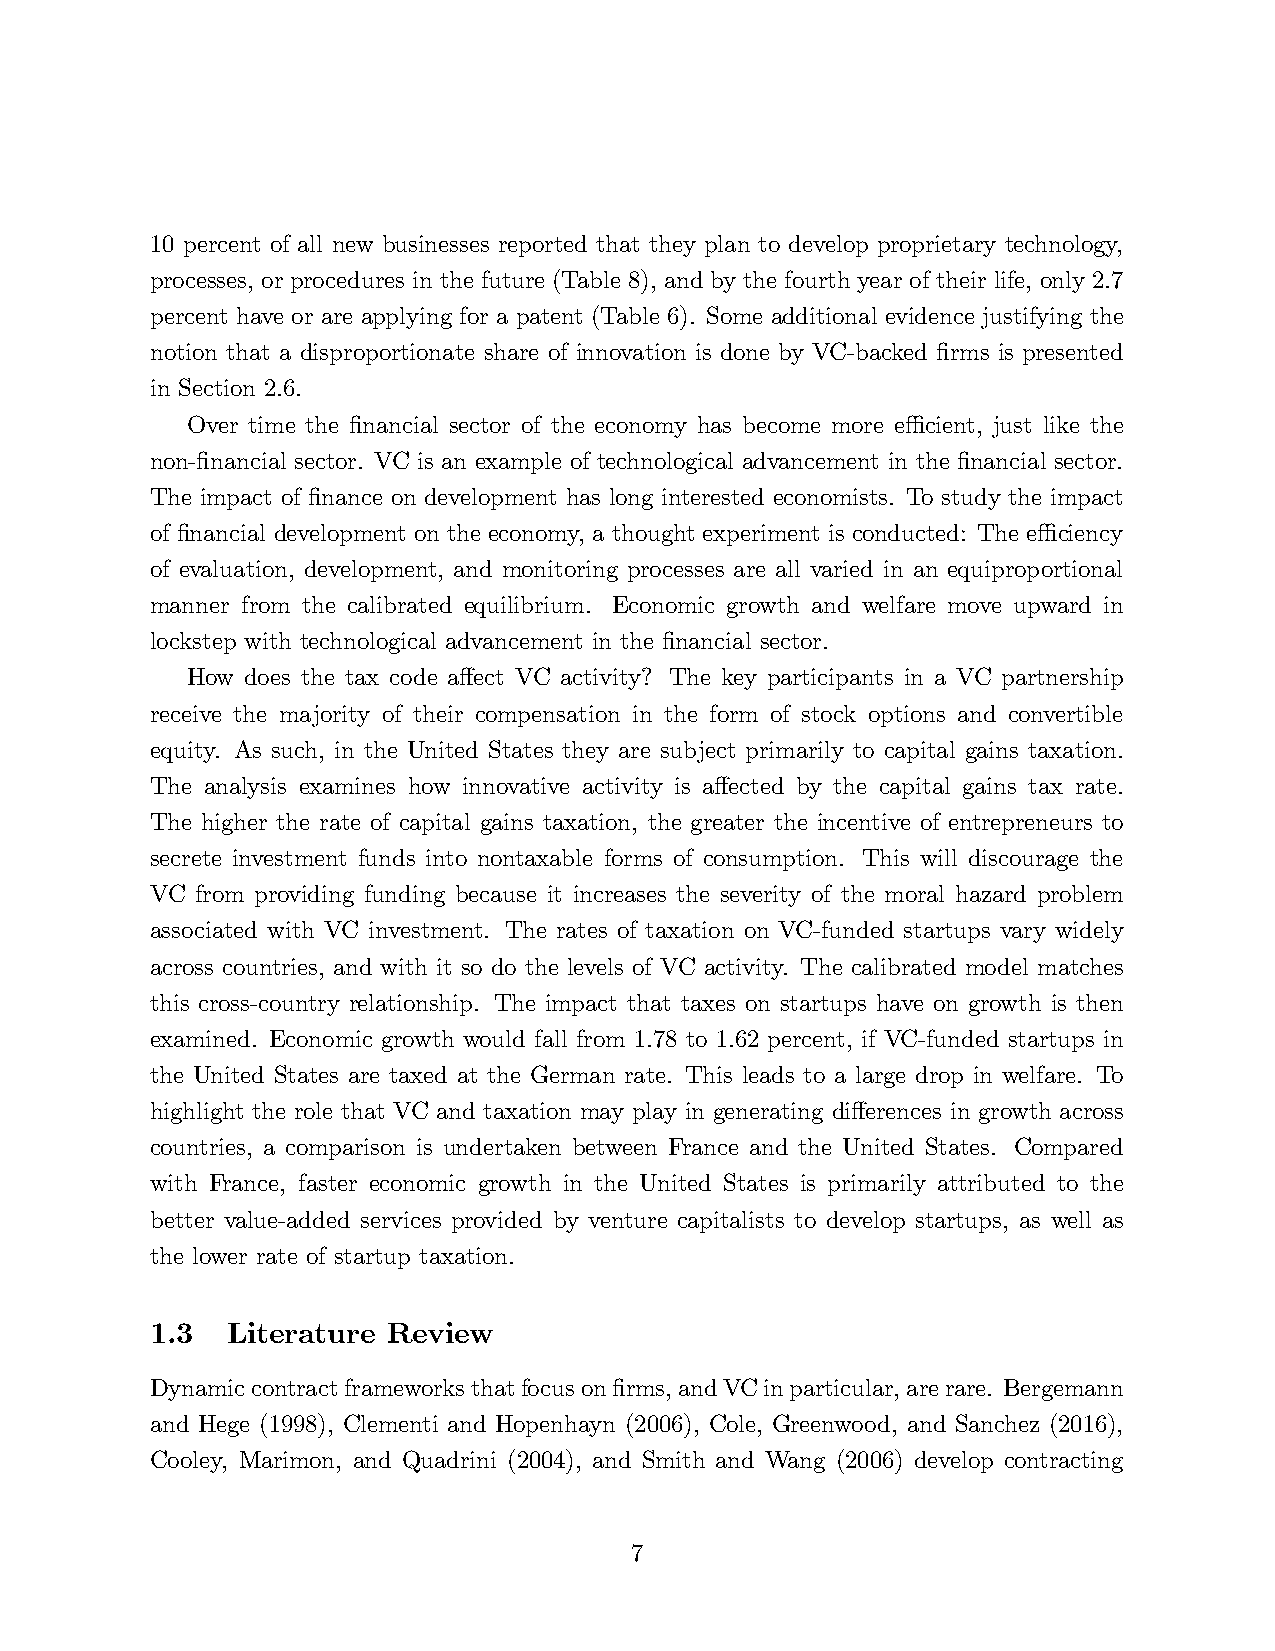
10 percent of all new businesses reported that they plan to develop proprietary technology,
 processes, or procedures in the future (Table 8), and by the fourth year of their life, only 2.7
 percent have or are applying for a patent (Table 6). Some additional evidence justifying the
 notion that a disproportionate share of innovation is done by VC-backed firms is presented
 in Section 2.6.
 Over time the financial sector of the economy has become more effi cient, just like the
 non-financial sector. VC is an example of technological advancement in the financial sector.
 The impact of finance on development has long interested economists. To study the impact
 of financial development on the economy, a thought experiment is conducted: The effi ciency
 of evaluation, development, and monitoring processes are all varied in an equiproportional
 manner from the calibrated equilibrium. Economic growth and welfare move upward in
 lockstep with technological advancement in the financial sector.
 How does the tax code affect VC activity? The key participants in a VC partnership
 receive the majority of their compensation in the form of stock options and convertible
 equity. As such, in the United States they are subject primarily to capital gains taxation.
 The analysis examines how innovative activity is affected by the capital gains tax rate.
 The higher the rate of capital gains taxation, the greater the incentive of entrepreneurs to
 secrete investment funds into nontaxable forms of consumption. This will discourage the
 VC from providing funding because it increases the severity of the moral hazard problem
 associated with VC investment. The rates of taxation on VC-funded startups vary widely
 across countries, and with it so do the levels of VC activity. The calibrated model matches
 this cross-country relationship. The impact that taxes on startups have on growth is then
 examined. Economic growth would fall from 1.78 to 1.62 percent, if VC-funded startups in
 the United States are taxed at the German rate. This leads to a large drop in welfare. To
 highlight the role that VC and taxation may play in generating differences in growth across
 countries, a comparison is undertaken between France and the United States. Compared
 with France, faster economic growth in the United States is primarily attributed to the
 better value-added services provided by venture capitalists to develop startups, as well as
 the lower rate of startup taxation.
 1.3  Literature Review
 Dynamic contract frameworks that focus on firms, and VC in particular, are rare. Bergemann
 and Hege (1998), Clementi and Hopenhayn (2006), Cole, Greenwood, and Sanchez (2016),
 Cooley, Marimon, and Quadrini (2004), and Smith and Wang (2006) develop contracting
 7